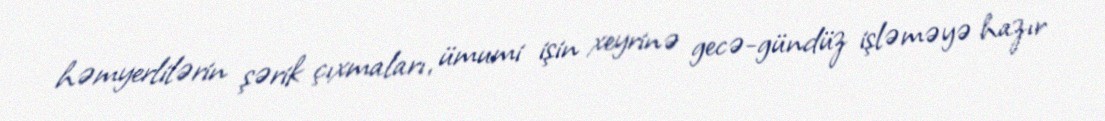
həmyerlilərin şərik çıxmaları, ümumi işin xeyrinə gecə-gündüz işləməyə hazır